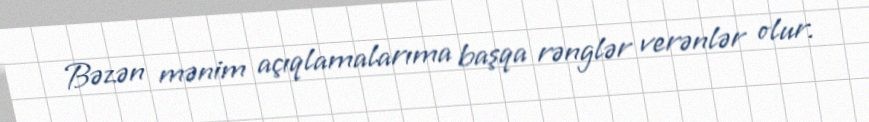
Bəzən mənim açıqlamalarıma başqa rənglər verənlər olur.